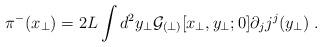
LaTeX: \begin{align*}\pi^{-}(x_\perp) = 2L\int d^2y_\perp {\cal G}_{(\perp)}[x_\perp, y_\perp; 0]\partial_j j^j(y_\perp) \;.\end{align*}